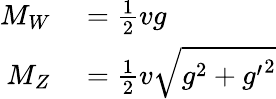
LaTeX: \begin{array}{rl}{M_{W}}&{{}={\frac{1}{2}}vg}\\ {M_{Z}}&{{}={\frac{1}{2}}v{\sqrt{g^{2}+{g^{\prime}}^{2}}}}\end{array}